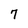
Character: 7